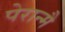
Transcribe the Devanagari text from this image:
पेरान्मै